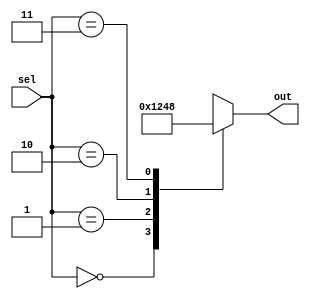
`timescale 1ns / 1ps
//////////////////////////////////////////////////////////////////////////////////
// Company: 
// Engineer: 
// 
// Design Name: 
// Module Name: Decoder4
// Project Name: 
// Target Devices: 
// Tool Versions: 
// Description: 
// 
// Dependencies: 
// 
// Revision:
// Revision 0.01 - File Created
// Additional Comments:
// 
//////////////////////////////////////////////////////////////////////////////////


module Decoder4(
    output reg [3:0] out,
    input [1:0] sel
);
    always @(sel)
    case (sel)
        2'd0 : out = 4'b0001;
        2'd1 : out = 4'b0010;
        2'd2 : out = 4'b0100;
        2'd3 : out = 4'b1000;
    endcase
endmodule